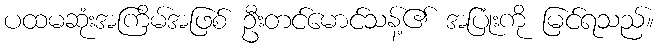
ပထမဆုံးအကြိမ်အဖြစ် ဦးတင်မောင်သန့်၏ အပြုံးကို မြင်ရသည်။